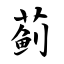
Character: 蓟